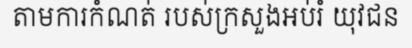
តាមការកំណត់ របស់ក្រសួងអប់រំ យុវជន